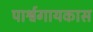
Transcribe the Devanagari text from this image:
पार्श्वगायकास